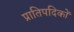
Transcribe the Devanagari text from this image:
प्रातिपदिकों